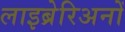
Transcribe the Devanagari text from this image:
लाइब्रेरिअनों